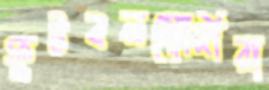
ফুটবলমোদীরা